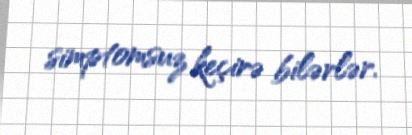
simptomsuz keçirə bilərlər.